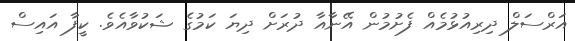
އަރްސަލް ދިރިއުޅުމެއް ފެށުމުން އޭނާއާ ދުރަށް ދިޔަ ކަމުގެ ޝަކުވާއެވެ. ކީފާ އައިސް